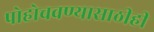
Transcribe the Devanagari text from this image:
पोहोचवण्यासाठीही